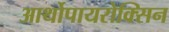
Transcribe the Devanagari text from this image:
आर्थोपायरोक्सिन